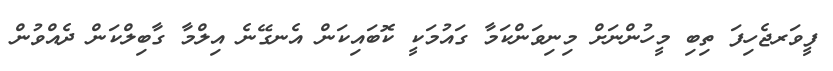
ފީވަރޖެހިފަ ތިބި މީހުންނަށް މިނިވަންކަމާ ގައުމަކީ ކޮބައިކަން އެނގޭނެ އިލްމާ ގާބިލްކަން ދެއްވުން